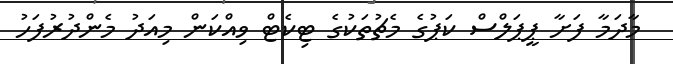
މާދަމާ ފަށާ ޕީޕަލްސް ކަޕުގެ މެޗުތަކުގެ ޓިކެޓް ވިއްކަން މިއަދު މެންދުރުފަހު